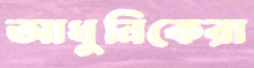
আধুনিকেরা